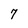
Character: 7